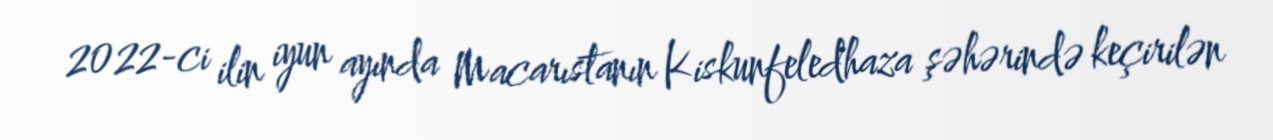
2022-ci ilin iyun ayında Macarıstanın Kiskunfeledhaza şəhərində keçirilən